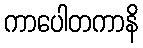
ကာပေါတကာနိ